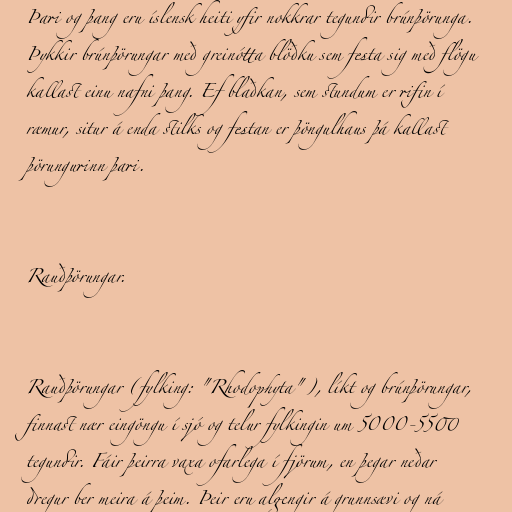
Þari og þang eru íslensk heiti yfir nokkrar tegundir brúnþörunga.
Þykkir brúnþörungar með greinótta blöðku sem festa sig með flögu
kallast einu nafni þang. Ef blaðkan, sem stundum er rifin í
ræmur, situr á enda stilks og festan er þöngulhaus þá kallast
þörungurinn þari.

Rauðþörungar.

Rauðþörungar (fylking: "Rhodophyta"), líkt og brúnþörungar,
finnast nær eingöngu í sjó og telur fylkingin um 5000-5500
tegundir. Fáir þeirra vaxa ofarlega í fjörum, en þegar neðar
dregur ber meira á þeim. Þeir eru algengir á grunnsævi og ná